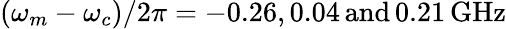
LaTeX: (\omega_{m}-\omega_{c})/2\pi=-0.26,0.04\, \textrm{and}\, 0.21\, \textrm{GHz}